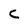
Character: c